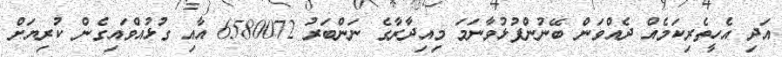
އަދި އެހީތެރިކަމެއް ދެއްވަން ބޭނުންފުޅުވާނަމަ މިއިދާރާގެ ނަންބަރު 6580072 އާއި ގުޅުއްވައިގެން ކުރިޔަށް